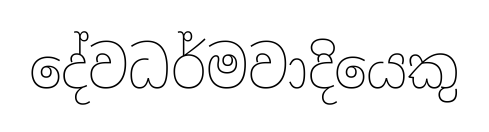
දේවධර්මවාදියෙකු